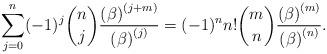
LaTeX: \begin{align*}\sum_{j=0}^{n}(-1)^{j}\binom{n}{j}\frac{\left( \beta \right) ^{\left(j+m\right) }}{\left( \beta \right) ^{\left( j\right) }}=(-1)^{n}n!\binom{m}{n}\frac{\left( \beta \right) ^{\left( m\right) }}{\left( \beta \right)^{\left( n\right) }}. \end{align*}